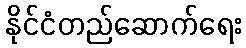
နိုင်ငံတည်ဆောက်ရေး